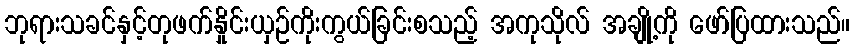
ဘုရားသခင်နှင့်တုဖက်နှိုင်းယှဉ်ကိုးကွယ်ခြင်းစသည့် အကုသိုလ် အချို့ကို ဖော်ပြထားသည်။